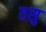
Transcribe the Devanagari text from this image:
तसु